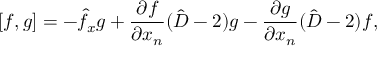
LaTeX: { } [ f , g ] = - \hat { f } _ { x } g + \frac { \partial f } { \partial x _ { n } } ( \hat { D } - 2 ) g - \frac { \partial g } { \partial x _ { n } } ( \hat { D } - 2 ) f ,